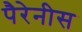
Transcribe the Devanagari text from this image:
पैरेनीस